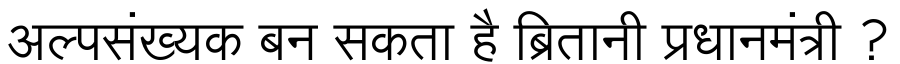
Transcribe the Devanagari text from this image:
अल्पसंख्यक बन सकता है ब्रितानी प्रधानमंत्री ?